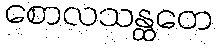
စောလသန္ထတေ